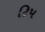
ટિપ